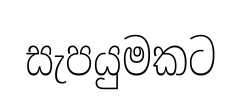
සැපයුමකට